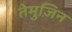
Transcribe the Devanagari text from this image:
तेमुज़िन